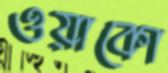
ওয়াকো